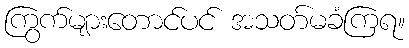
ကြွက်များတောင်ပင် အသတ်မခံကြရ။